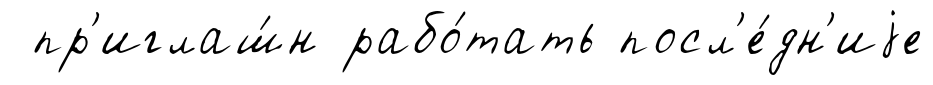
пр'иглаш́н рабо́тать посл'е́дн'иjе